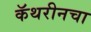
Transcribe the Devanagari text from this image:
कॅथरीनचा